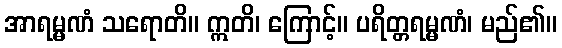
အာရမ္မဏံ သရောတိ။ ဣတိ၊ ကြောင့်။ ပရိတ္တရမ္မဏံ၊ မည်၏။